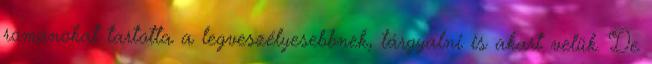
románokat tartotta a legveszélyesebbnek, tárgyalni is akart velük. De